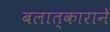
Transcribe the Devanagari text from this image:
बलात्काराने